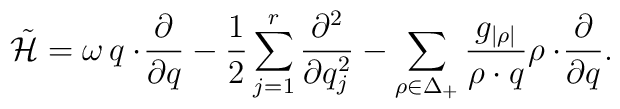
\tilde{\cal H}=\omega\, q\cdot\!{\partial\over{\partial q}}   -{1\over2}\sum_{j=1}^r{\partial^2\over{\partial q_j^2}}   -\sum_{\rho\in\Delta_+}{g_{|\rho|}\over{\rho\cdot q}}   \rho\cdot\!{\partial\over{\partial q}}.